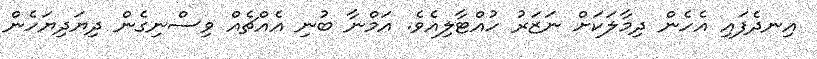
އިނދެފައި އެހެން ދިމާލަކަށް ނަޒަރު ހުއްޓާލިއެވެ. އަމްނާ ބުނި އެއްޗެއް ވިސްނިގެން ދިޔަދިޔަހެން